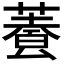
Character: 𩛬